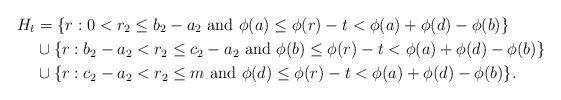
LaTeX: \begin{align*}H_t &= \{r : 0 < r_2 \leq b_2-a_2 \textrm{ and } \phi(a) \leq \phi(r)-t < \phi(a)+\phi(d)-\phi(b)\} \\&\cup \{r : b_2-a_2 < r_2 \leq c_2-a_2 \textrm{ and } \phi(b) \leq \phi(r)-t < \phi(a)+\phi(d)-\phi(b)\} \\&\cup \{r : c_2-a_2 < r_2 \leq m \textrm{ and } \phi(d) \leq \phi(r)-t < \phi(a)+\phi(d)-\phi(b)\}.\end{align*}